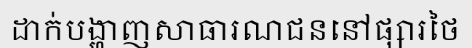
ដាក់បង្ហាញសាធារណជននៅផ្សារថៃ